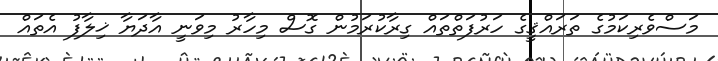
މަސްވެރިކަމުގެ ތަރައްޤީގެ ހަރުފަތްތައް ގިރާކުރަމުން ގޮސް މިހާރު މިވަނީ އާދަޔާ ޚިލާފު އެތައް